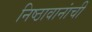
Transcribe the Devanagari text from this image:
निष्ठावानांची